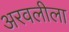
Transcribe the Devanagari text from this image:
अरवलीला